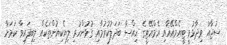
ސުޖާއު ވިދާޅުވީ ޓީއެމްއޭއާއި އެމްއޭޓީގެ ހިއްސާ ބަދަލުކުރުމާއި ގުޅުންހުރި ލިޔެކިޔުންތަކެއް ލިބިފައިވާ ކަމަށާ